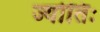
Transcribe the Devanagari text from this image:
ज्योतिः